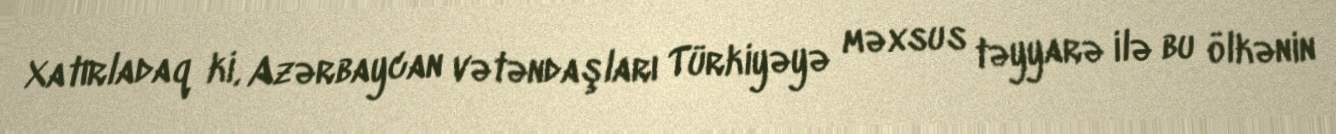
Xatırladaq ki, Azərbaycan vətəndaşları Türkiyəyə məxsus təyyarə ilə bu ölkənin